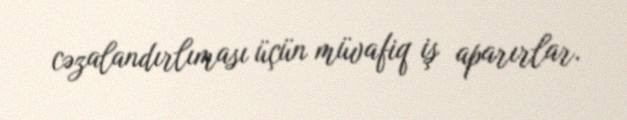
cəzalandırlıması üçün müvafiq iş aparırlar.